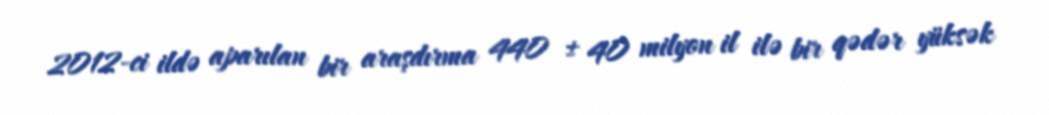
2012-ci ildə aparılan bir araşdırma 440 ± 40 milyon il ilə bir qədər yüksək